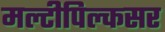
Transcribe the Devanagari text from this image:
मल्टीपिल्कसर